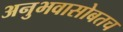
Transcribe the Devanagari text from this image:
अनुभवासोबतच